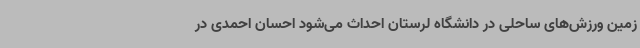
زمین ورزش‌های ساحلی در دانشگاه لرستان احداث می‌شود احسان احمدی در